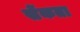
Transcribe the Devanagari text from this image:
सेंकता